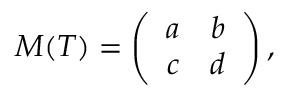
M ( T ) = \left( \begin{array} { c c } { { a } } & { { b } } \\ { { c } } & { { d } } \end{array} \right) ,